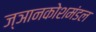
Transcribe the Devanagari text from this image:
ज्ञानकोशमंडल